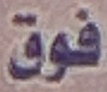
فوق